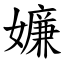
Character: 嬚